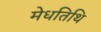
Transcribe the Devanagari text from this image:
मेधतिथि